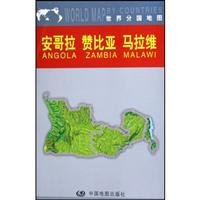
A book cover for sub-national map of the world: Angola, Zambia and Malawi; ZHOU MIN; Travel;